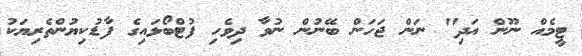
ޓީމެއް ނޫން އަދި" ނަން ޖަހަން ބޭނުން ނުވާ ދިވެހި ފުޓްބޯޅައިގެ ފާޑުކިޔުންތެރިޔަކު